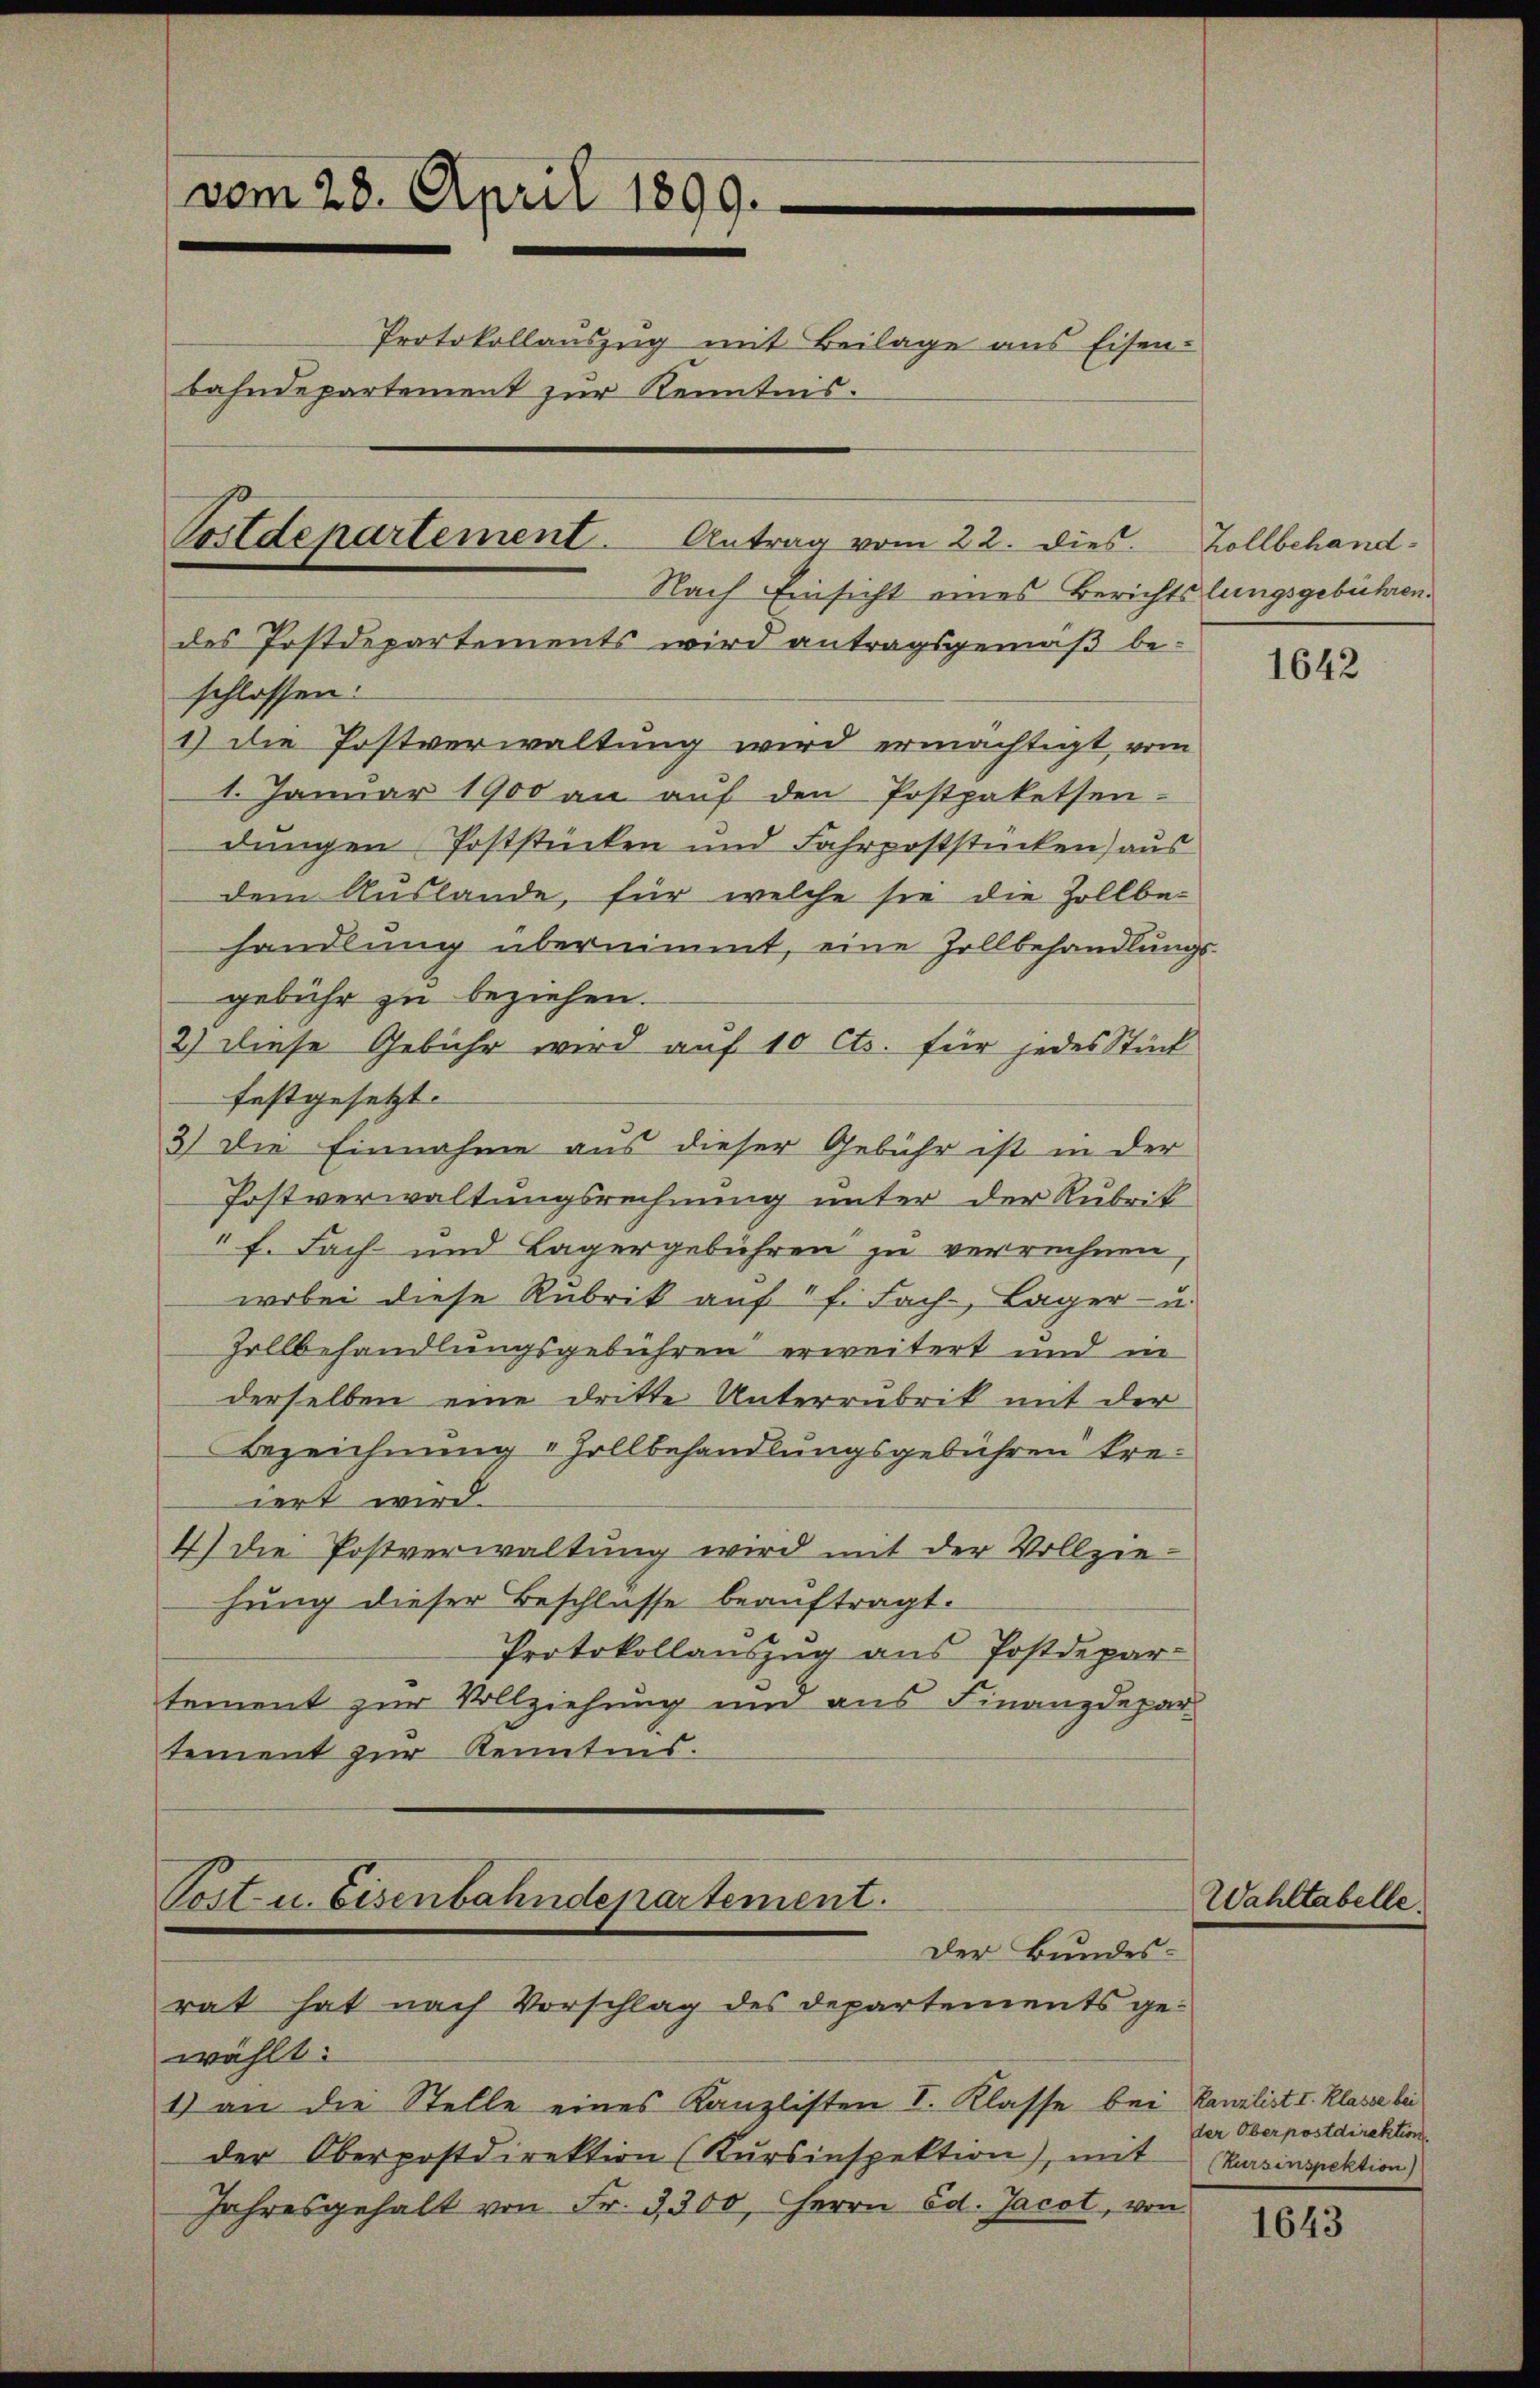
vom 28. April 1899.
Protokollauszug mit Beilage aus Eisen-
bahndepartement zur Kenntnis.
Postdepartement. Antrag vom 22. dies. Zollbehand¬
Nach Einsicht eines Berichtslungsgebühren.

des Postdepartements wird antragsgemäß be¬

Post- u. besenbahndepartement.
Der Bundes-
rat hat nach Vorschlag des Departements ge¬

schlossen:
1) die Postverwaltung wird ermächtigt, vom
1. Januar 1900 an auf den Postpaketsen-
dungen Poststücken und Fahrpoststücken) aus
dem Auslande, für welche sie die Zollbe-
handlung übernimmt, eine Zollbehandlungs-
gebühr zu beziehen.
2.) Diese Gebühr wird auf 10 Cts. für jedes Stück
festgesetzt.
3) Die Einnahme aus dieser Gebühr ist in der
Postverwaltungsrechnung unter der Rubrit
f. Fach- und Lagergebühren zu verrechnen,
wobei diese Rubrik auf 1 f. Fach- Lager- u.
Zollbehandlungsgebühren erweitert und in
derselben eine dritte Unterrubrik mit der
Bezeichnung Hollbehandlungsgebühren kreiert wird.
4) die Postverwaltung wird mit der Vollzie-
hung dieser Beschlusse beauftragt.
Protokollauszug aus Postdepar-
tement zur Vollziehung und aus Finanzdepartement zur Kenntens.

wählt:
1) an die Stelle eines Kanzlisten I. Klasse bei Kanzlist I. Klasse bei
der Oberpostdirektion (Kursinspektion), mit
Jahresgehalt von Fr. 3300. Herrn Ed. Jacot, von

Wahltabelle.

1642

der Oberpostdirektion
Kursinspektion

1643